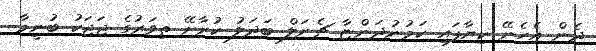
ދެން އެހެނޭ ކިޔާފައި ކަމުނުދަންޏާ ޗެނަލް ބަދަލު ކުރާށޭ ތިވަރުގެ ޖަޖަކު ބުނީމާ